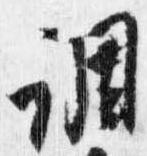
調